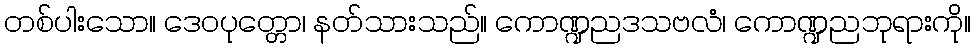
တစ်ပါးသော။ ဒေဝပုတ္တော၊ နတ်သားသည်။ ကောဏ္ဍညဒသဗလံ၊ ကောဏ္ဍညဘုရားကို။